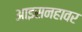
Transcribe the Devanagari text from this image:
आइसनहावर